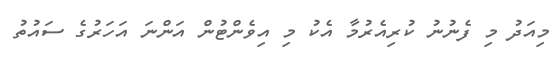
މިއަދު މި ފެނުނު ކުރިއެރުމާ އެކު މި އިވެންޓުން އަންނަ އަހަރުގެ ސައުތު